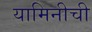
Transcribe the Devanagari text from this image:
यामिनीची